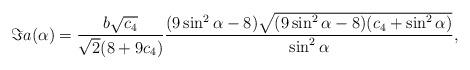
LaTeX: \begin{align*} \Im a(\alpha) = \frac{b \sqrt{c_{4}}}{\sqrt{2}(8 + 9c_{4})}\frac{ (9\sin^{2}\alpha -8)\sqrt{(9\sin^{2}\alpha-8) (c_{4} +\sin^{2}\alpha)}}{ \sin^{2}\alpha}, \end{align*}